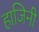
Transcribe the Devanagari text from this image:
हाजिनी